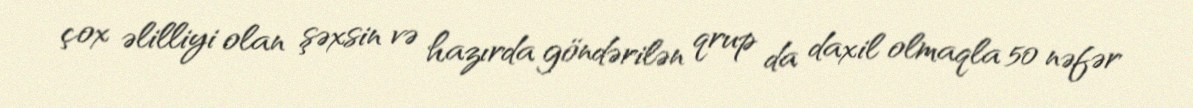
çox əlilliyi olan şəxsin və hazırda göndərilən qrup da daxil olmaqla 50 nəfər